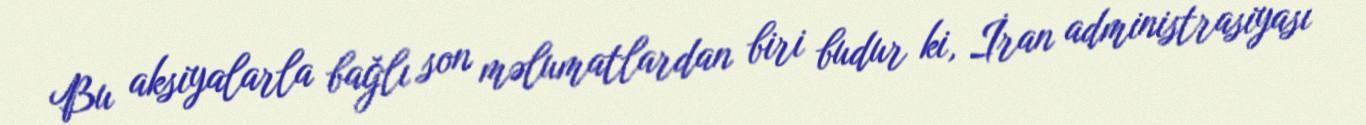
Bu aksiyalarla bağlı son məlumatlardan biri budur ki, İran administrasiyası